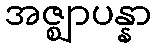
အဇ္ဈာပန္နာ